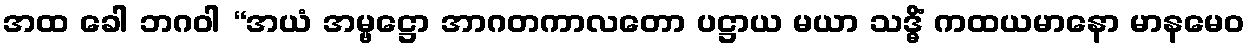
အထ ခေါ ဘဂဝါ “အယံ အမ္ဗဋ္ဌော အာဂတကာလတော ပဋ္ဌာယ မယာ သဒ္ဓိံ ကထယမာနော မာနမေဝ